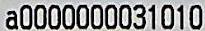
A0000000031010